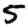
Digit: 5